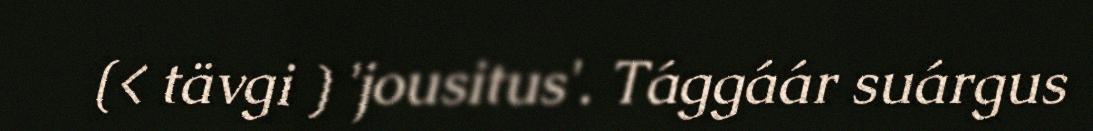
(< tävgi ) 'jousitus'. Tággáár suárgus